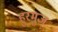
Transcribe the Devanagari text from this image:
हुरमुज़